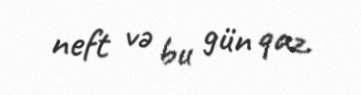
neft və bu gün qaz.